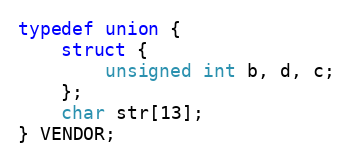
Language: C
typedef union {
    struct {
        unsigned int b, d, c;
    };
    char str[13];
} VENDOR;